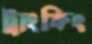
ট্রাংকিং